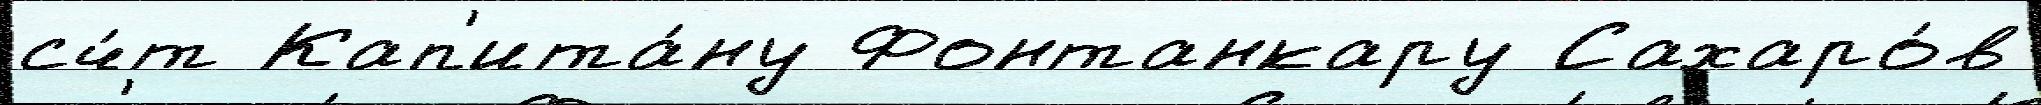
сч́т Кап'ита́ну Фонтанкару Сахаро́в